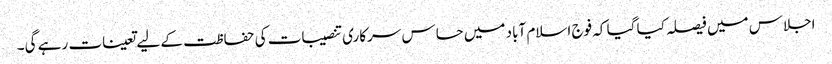
اجلاس میں فیصلہ کیا گیا کہ فوج اسلام آباد میں حساس سرکاری تنصیبات کی حفاظت کے لیے تعینات رہے گی۔